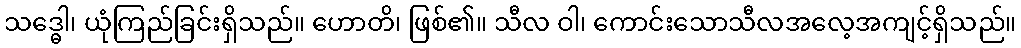
သဒ္ဓေါ၊ ယုံကြည်ခြင်းရှိသည်။ ဟောတိ၊ ဖြစ်၏။ သီလ ဝါ၊ ကောင်းသောသီလအလေ့အကျင့်ရှိသည်။